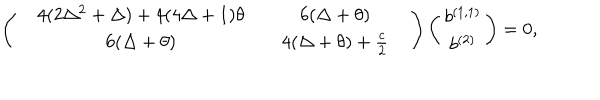
\left( \begin{array} { c c c c c } { { } } & { { 4 ( 2 \Delta ^ { 2 } + \Delta ) + 4 ( 4 \Delta + 1 ) \theta } } & { { } } & { { 6 ( \Delta + \theta ) } } & { { } } \\ { { } } & { { 6 ( \Delta + \theta ) } } & { { } } & { { 4 ( \Delta + \theta ) + \frac { c } { 2 } } } & { { } } \\ \end{array} \right) \left( \begin{array} { c } { { b ^ { ( 1 , 1 ) } } } \\ { { b ^ { ( 2 ) } } } \\ \end{array} \right) = 0 ,